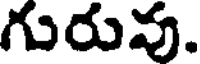
గురువు.